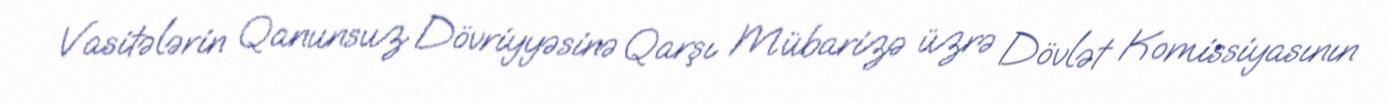
Vasitələrin Qanunsuz Dövriyyəsinə Qarşı Mübarizə üzrə Dövlət Komissiyasının